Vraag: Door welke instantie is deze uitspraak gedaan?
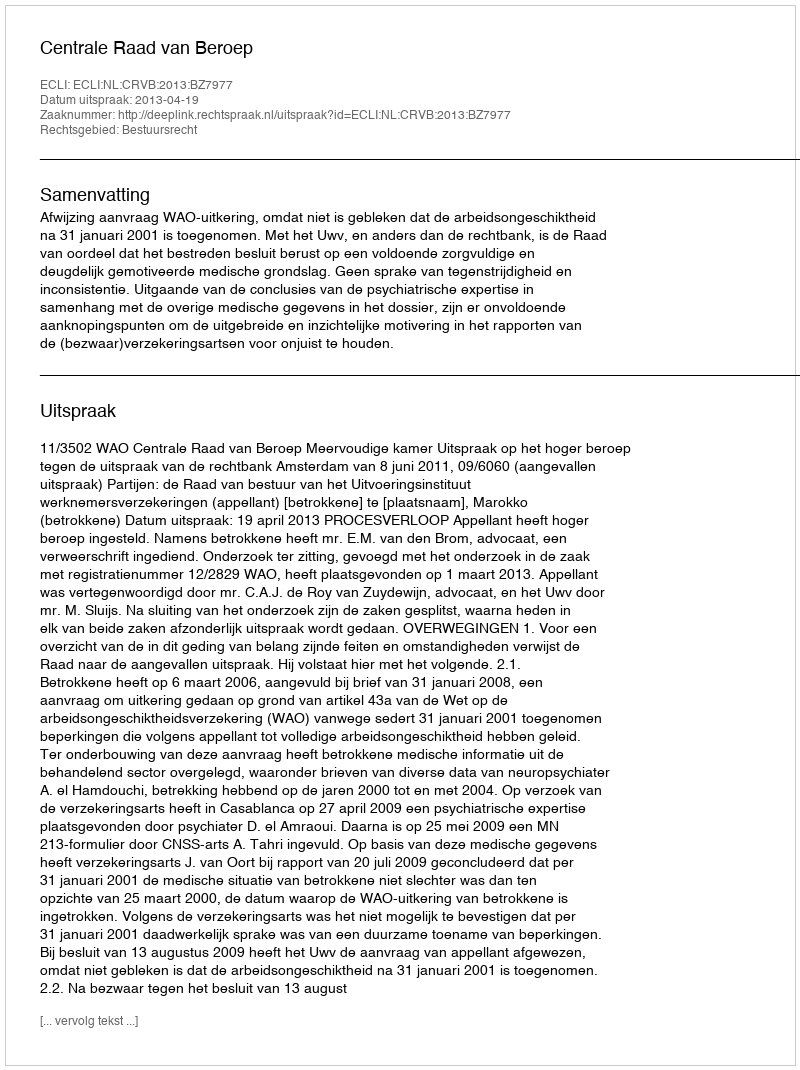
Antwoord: Centrale Raad van Beroep